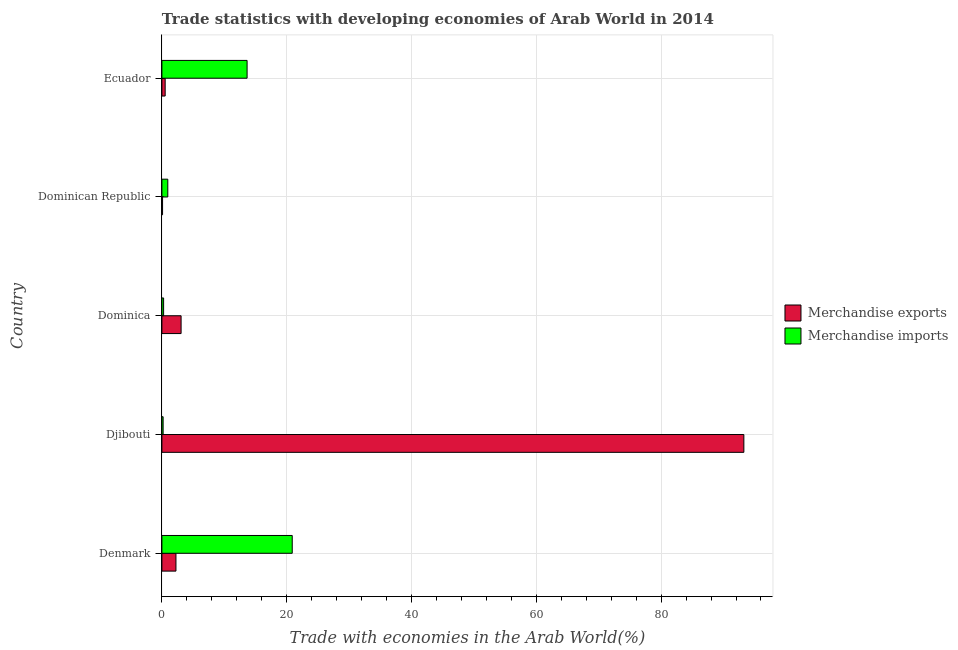
| Country | Merchandise exports | Merchandise imports |
 | --- | --- | --- |
 | Denmark | 2.25 | 20.9 |
 | Djibouti | 93.3 | 0.196 |
 | Dominica | 3.07 | 0.275 |
 | Dominican Republic | 0.105 | 0.944 |
 | Ecuador | 0.524 | 13.7 |